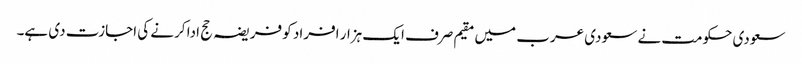
سعودی حکومت نے سعودی عرب میں مقیم صرف ایک ہزار افراد کو فریضہ حج ادا کرنے کی اجازت دی ہے۔